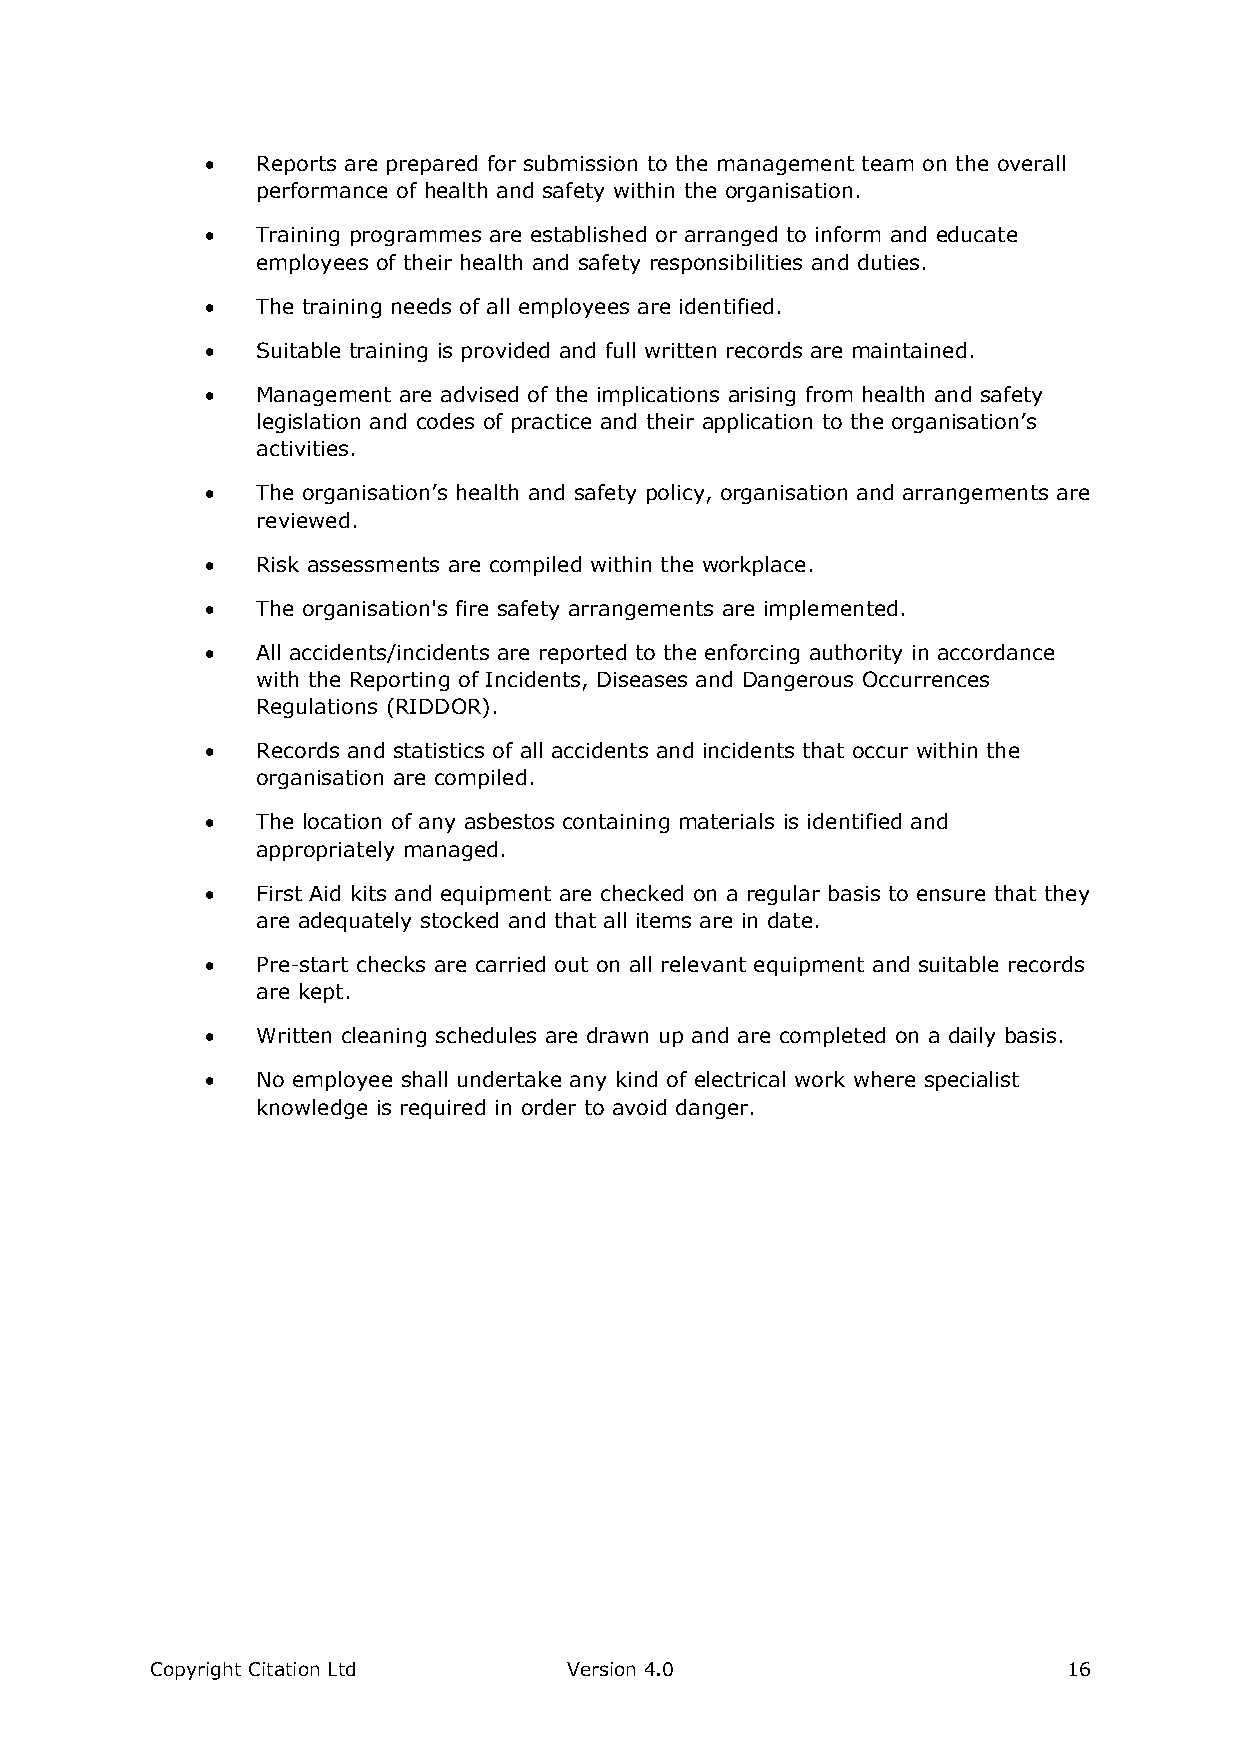
  Reports are prepared for submission to the management team on the overall
 performance of health and safety within the organisation.
   Training programmes are established or arranged to inform and educate
 employees of their health and safety responsibilities and duties.
   The training needs of all employees are identified.
   Suitable training is provided and full written records are maintained.
   Management are advised of the implications arising from health and safety
 legislation and codes of practice and their application to the organisation’s
 activities.
   The organisation’s health and safety policy, organisation and arrangements are
 reviewed.
   Risk assessments are compiled within the workplace.
   The organisation's fire safety arrangements are implemented.
   All accidents/incidents are reported to the enforcing authority in accordance
 with the Reporting of Incidents, Diseases and Dangerous Occurrences
 Regulations (RIDDOR).
   Records and statistics of all accidents and incidents that occur within the
 organisation are compiled.
   The location of any asbestos containing materials is identified and
 appropriately managed.
   First Aid kits and equipment are checked on a regular basis to ensure that they
 are adequately stocked and that all items are in date.
   Pre-start checks are carried out on all relevant equipment and suitable records
 are kept.
   Written cleaning schedules are drawn up and are completed on a daily basis.
   No employee shall undertake any kind of electrical work where specialist
 knowledge is required in order to avoid danger.
 Copyright Citation Ltd      Version 4.0                      16